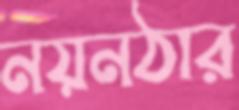
নয়নঠার